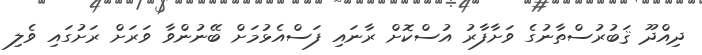
ދިއްދޫ ޤަބުރުސްތާނުގެ ވަށާފާރު އުސްކޮށް ރާނައި ފަސްއެޅުމަށް ބޭނުންވާ ވަރަށް ރަށުގައި ވެލި